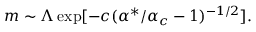
m \sim \Lambda \exp [ - c ( \alpha ^ { * } / \alpha _ { c } - 1 ) ^ { - 1 / 2 } ] .